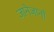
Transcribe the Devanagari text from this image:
जानेजानाँ